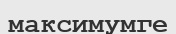
максимумге